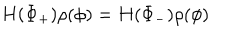
H ( \Phi _ { + } ) \rho ( \phi ) = H ( \Phi _ { - } ) \rho ( \phi )